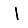
Digit: 1